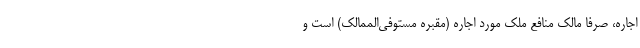
اجاره، صرفا مالک منافع ملک مورد اجاره (مقبره مستوفی‌الممالک) است و